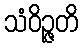
သံဝိဉ္ဇတိ